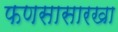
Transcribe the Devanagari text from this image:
फणसासारखा